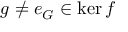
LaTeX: g \neq e _ { G } \in \ker f